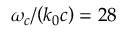
\omega _ { c } / { \left( k _ { 0 } c \right) } = 2 8